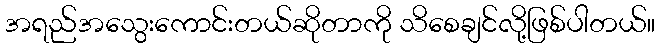
အရည်အသွေးကောင်းတယ်ဆိုတာကို သိစေချင်လို့ဖြစ်ပါတယ်။